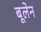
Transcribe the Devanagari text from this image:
बूलेन